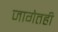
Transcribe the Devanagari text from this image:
जागेतही